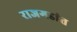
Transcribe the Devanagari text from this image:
राजगडांत